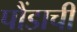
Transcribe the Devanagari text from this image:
पौंडाची